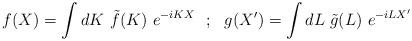
LaTeX: \begin{align*} f(X)=\int dK~\tilde{f}(K)~ e^{-iKX}~~;~~ g(X')=\int dL~\tilde{g}(L)~ e^{-iLX'}\end{align*}